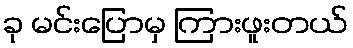
ခု မင်းပြောမှ ကြားဖူးတယ်